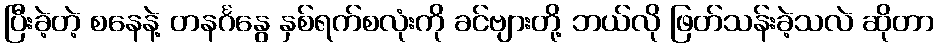
ပြီးခဲ့တဲ့ စနေနဲ့ တနင်္ဂနွေ နှစ်ရက်စလုံးကို ခင်ဗျားတို့ ဘယ်လို ဖြတ်သန်းခဲ့သလဲ ဆိုတာ